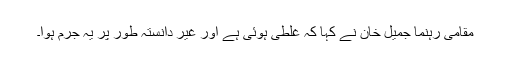
مقامی رہنما جمیل خان نے کہا کہ غلطی ہوئی ہے اور غیر دانستہ طور پر یہ جرم ہوا۔